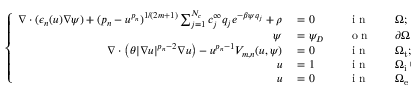
\left\{ \begin{array} { r l r l r l } { \nabla \cdot ( \epsilon _ { n } ( u ) \nabla \psi ) + ( p _ { n } - u ^ { p _ { n } } ) ^ { 1 / ( 2 m + 1 ) } \sum _ { j = 1 } ^ { N _ { c } } c _ { j } ^ { \infty } q _ { j } e ^ { - \beta \psi q _ { j } } + \rho } & { { } = 0 } & { } & { { } \mathrm { ~ i ~ n ~ } } & { } & { { } \Omega ; } \\ { \psi } & { { } = \psi _ { D } } & { } & { { } \mathrm { ~ o ~ n ~ } } & { } & { { } \partial \Omega ; } \\ { \nabla \cdot \left( \theta | \nabla u | ^ { p _ { n } - 2 } \nabla u \right) - u ^ { p _ { n } - 1 } V _ { m , n } ( u , \psi ) } & { { } = 0 } & { } & { { } \mathrm { ~ i ~ n ~ } } & { } & { { } \Omega _ { \mathrm { t } } ; } \\ { u } & { { } = 1 } & { } & { { } \mathrm { ~ i ~ n ~ } } & { } & { { } \Omega _ { \mathrm { i } } \cup \Sigma _ { 1 } ; } \\ { u } & { { } = 0 } & { } & { { } \mathrm { ~ i ~ n ~ } } & { } & { { } \Omega _ { \mathrm { e } } \cup \Sigma _ { 0 } } \end{array} \right.